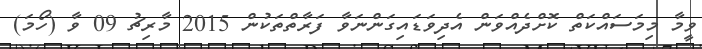
ވީމާ މިމަސައްކަތް ކޮށްދެއްވަން އެދިވަޑައިގަންނަވާ ފަރާތްތަކުން 2015 މާރިޗު 09 ވާ (ހޯމަ)